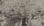
سنتدبر